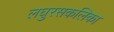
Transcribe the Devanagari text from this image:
लघुरसकलिका